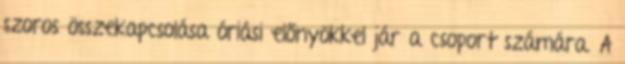
szoros összekapcsolása óriási előnyökkel jár a csoport számára. A